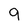
Character: 9